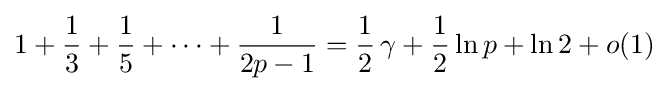
{1}+{1 \over 3}+{1 \over 5}+\cdots +{1 \over 2p-1}={1 \over 2}\,\gamma +{1 \over 2}\ln p+\ln 2+o(1)